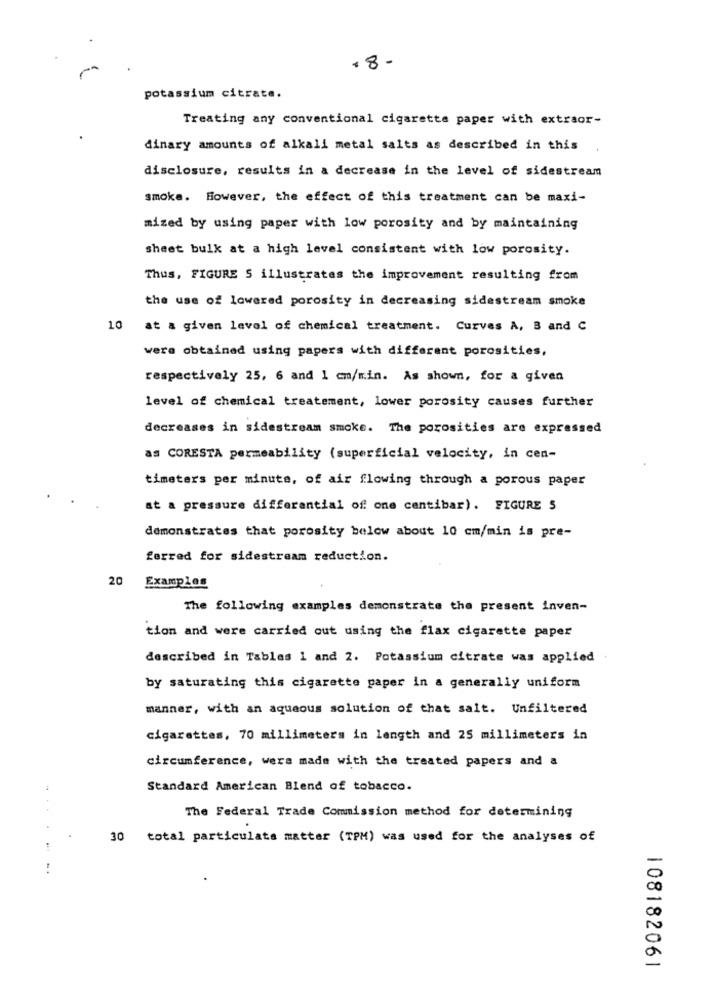
18 -
potassium citrate.
Treating any conventional cigarette paper with extraor-
dinary amounts of alkali metal salts as described in this
disclosure, results in a decrease in the level of sidestream
smoke. However, the effect of this treatment can be maxi-
mized by using paper with low porosity and by maintaining
sheet bulk at a high level consistent with low porosity.
Thus, FIGURE S illustrates the improvement resulting from
the use of lowered porosity in decreasing sidestream smoke
10 at a given level of chemical treatment. Curves A, B and C
were obtained using papers with different porosities,
respectively 25, 6 and 1 cm/min. As shown, for a given
level of chemical treatement, lower porosity causes further
decreases in sidestream smoke. The porosities are expressed
as CORESTA permeability (superficial velocity, in cen-
timeters per minute, of air flowing through a porous paper
at a pressure differential of one cantibar). FIGURE S
demonstrates that porosity below about 10 cm/min is pre-
ferred for sidestream reduction.
20
Examples
The following examples demonstrate the present inven-
tion and were carried out using the flax cigarette paper
described in Tables 1 and 2. Potassium citrate was applied
by saturating this cigarette paper in a generally uniform
manner, with an aqueous solution of that salt. Unfiltered
cigarettes, 70 millimeters in length and 25 millimeters in
circumference, wers made with the treated papers and a
Standard American Blend of tobacco.
The Federal Trade Commission method for determining
...
30 total particulate matter (TPM) was used for the analyses of
..
108182061